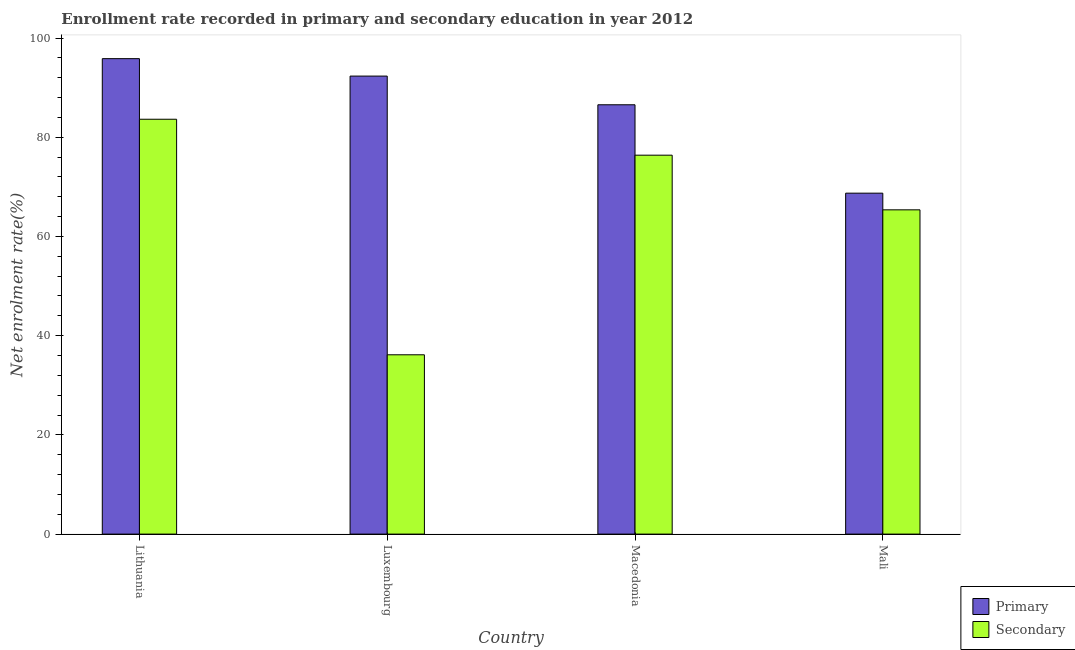
| Country | Primary | Secondary |
 | --- | --- | --- |
 | Lithuania | 95.8 | 83.6 |
 | Luxembourg | 92.3 | 36.1 |
 | Macedonia | 86.5 | 76.4 |
 | Mali | 68.7 | 65.4 |